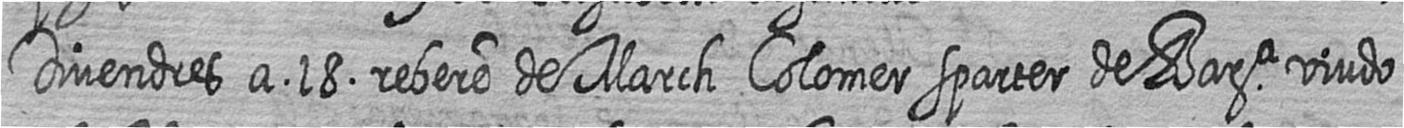
Divendres a 18 rebere de March Colomer sparter de Bara viudo